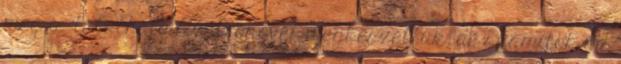
meg is található Az Írónővel megbeszéltük, de számítok az